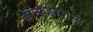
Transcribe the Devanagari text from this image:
कॉन्फडेरशन्स